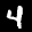
Label: 4